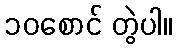
၁၀စောင် တွဲပါ။